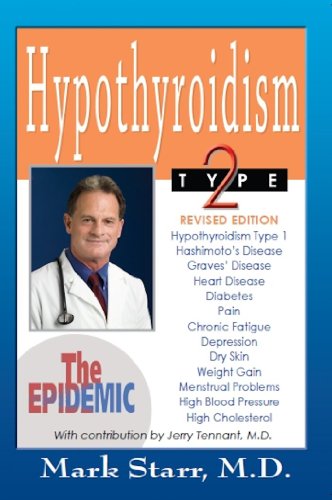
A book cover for Hypothyroidism Type 2: The Epidemic; Mark Starr; Medical Books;